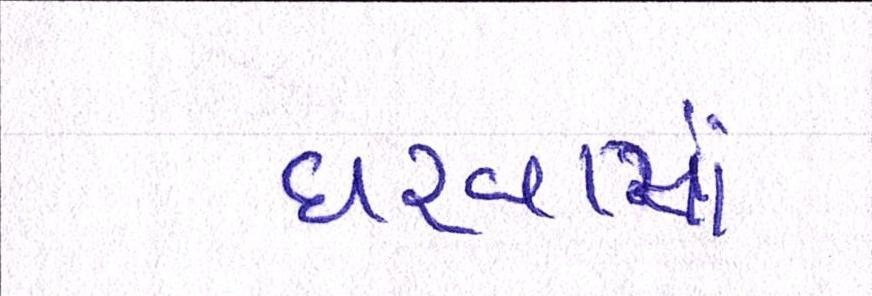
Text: ધરવામાં